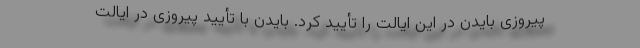
پیروزی بایدن در این ایالت را تأیید کرد. بایدن با تأیید پیروزی در ایالت